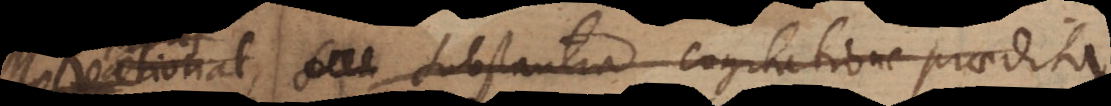
seu substantia cogitatione praedita